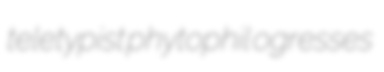
teletypist phytophil ogresses